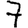
Digit: 7